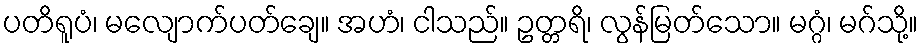
ပတိရူပံ၊ မလျောက်ပတ်ချေ။ အဟံ၊ ငါသည်။ ဥတ္တရိ၊ လွန်မြတ်သော။ မဂ္ဂံ၊ မဂ်သို့။